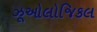
ઝૂઓલોજિકલ